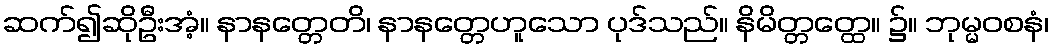
ဆက်၍ဆိုဦးအံ့။ နာနတ္တေတိ၊ နာနတ္တေဟူသော ပုဒ်သည်။ နိမိတ္တတ္ထေ။ ၌။ ဘုမ္မဝစနံ၊